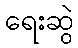
ရေးဆွဲ